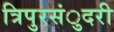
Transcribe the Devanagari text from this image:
त्रिपुरसंुदरी